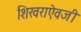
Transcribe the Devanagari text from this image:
शिखराऐवजी